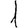
Digit: 1